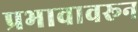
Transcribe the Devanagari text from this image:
प्रभावावरून